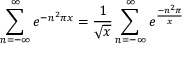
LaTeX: \sum _ { n = - \infty } ^ { \infty } { e ^ { - n ^ { 2 } \pi x } } = { \frac { 1 } { \sqrt { x } } } \sum _ { n = - \infty } ^ { \infty } { e ^ { \frac { - n ^ { 2 } \pi } { x } } }